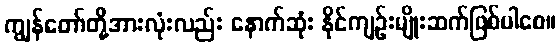
ကျွန်တော်တို့အားလုံးလည်း နောက်ဆုံး နိုင်ကျဉ်းမျိုးဆက်ဖြစ်ပါစေ။